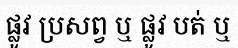
ផ្លូវ ប្រសព្វ ឬ ផ្លូវ បត់ ឬ